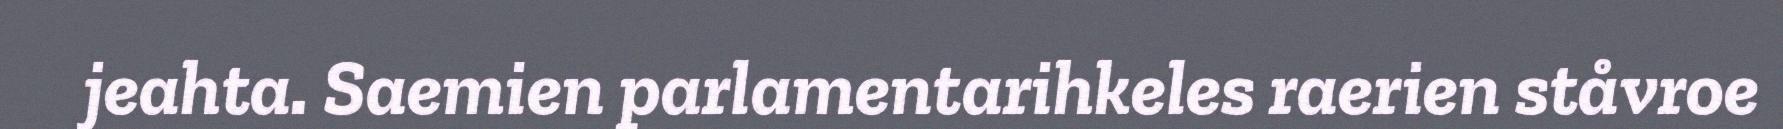
jeahta. Saemien parlamentarihkeles raerien ståvroe